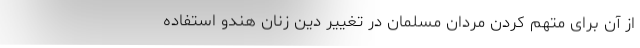
از آن برای متهم کردن مردان مسلمان در تغییر دین زنان هندو استفاده